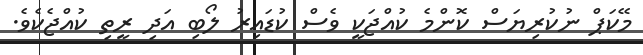
މޭކަޕް ނުކުރިޔަސް ކޮންމެ ކުއްޖަކީ ވެސް ކުޑައިރު ލޯބި އަދި ރީތި ކުއްޖެކެވެ.